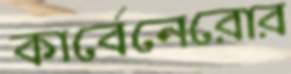
কার্বেনেরোর